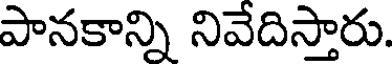
పానకాన్ని నివేదిస్తారు.